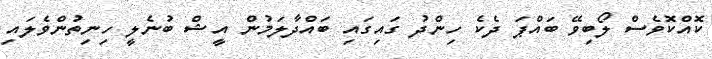
ކޮއްކޮވެސް ލޯބިވޭ ބައްޕަ ދެކެ ހިންދު ގައިގައި ބައްދާލަމުން އީޝް ބުނެލީ ހިނިތުންވެލައި